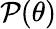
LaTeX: \mathcal{P}(\theta)